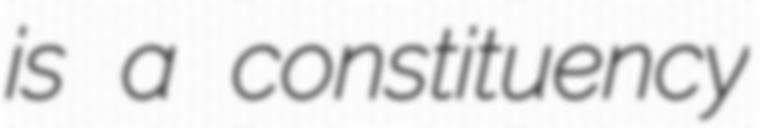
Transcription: is a constituency